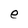
Character: e